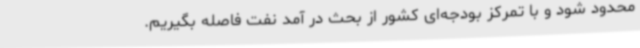
محدود شود و با تمرکز بودجه‌ای کشور از بحث در آمد نفت فاصله بگیریم.